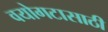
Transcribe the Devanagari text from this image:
वयोगटासाठी